Vaccination in Bombay 1913-1923 - 1913-1923
Year: 1913
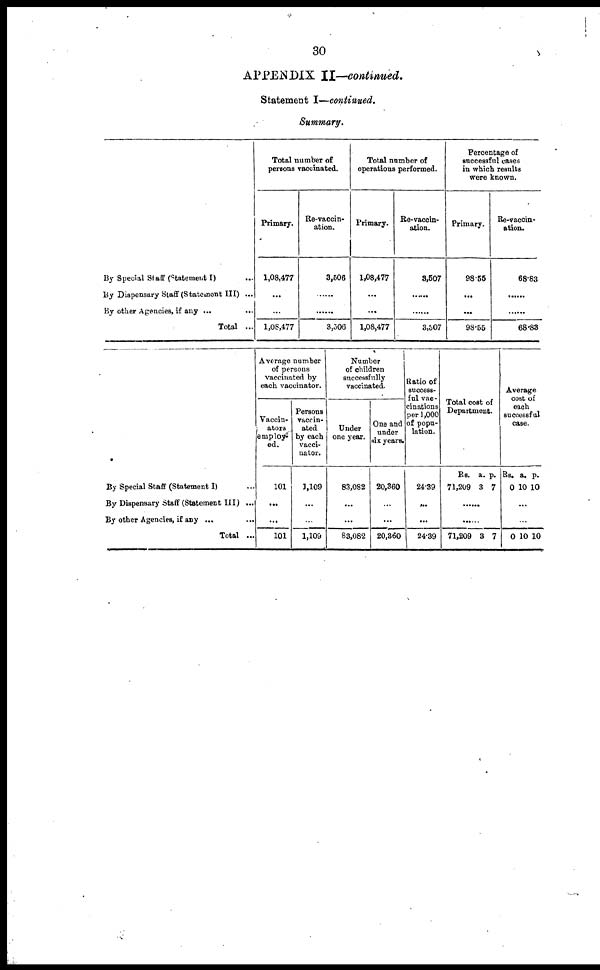
30
APPENDIX II—continued.
Statement I—continued.
Summary.
By Special Staff (Statement I) ...
By Dispensary Staff (Statement III) ...
By other Agencies, if any ... ...
Total ...
Total number of
persons vaccinated.
Primary.
1,08,477
...
...
1,08,477
Re-vaccin-
ation.
3,506
...
...
3,506
Total number of
operations performed.
Primary.
1,08,477
...
...
1,08,477
Re-vaccin-
ation.
3,507
......
......
3,507
Percentage of
successful cases
in which results
were known.
Primary.
98.55
...
...
98.55
Re-vaccin-
ation.
68.83
......
......
68.83
By Special Staff (Statement I) ...
By Dispensary Staff (Statement III) ...
By other Agencies, if any ... ...
Total ...
Average number
of persons
vaccinated by
each vaccinator.
Vaccin-
ators
employ-
ed.
101
...
...
101
Persons
vaccin-
ated
by each
vacci-
nator.
1,109
...
...
1,109
Number
of children
successfully
vaccinated.
Under
one year.
83,082
...
...
83,082
One and
under
six years.
20,360
...
...
20,360
Ratio of
success-
ful vac-
cinations
per 1,000
of popu-
lation.
24.39
...
...
24.39
Total cost of
Department.
Rs.
71,209
a.
3
p.
7
......
......
71,209 3 7
Average
cost of
each
successful
case.
Rs.
0
a.
10
p.
10
...
...
0 10 10